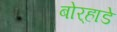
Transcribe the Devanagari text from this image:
बोर्‍हाडे